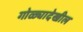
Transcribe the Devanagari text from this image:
गोळ्यादेखील